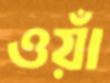
ওয়াঁ